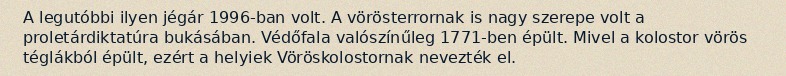
A legutóbbi ilyen jégár 1996-ban volt. A vörösterrornak is nagy szerepe volt a proletárdiktatúra bukásában. Védőfala valószínűleg 1771-ben épült. Mivel a kolostor vörös téglákból épült, ezért a helyiek Vöröskolostornak nevezték el.